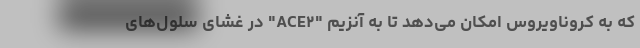
که به کروناویروس امکان می‌دهد تا به آنزیم "ACE۲" در غشای سلول‌های